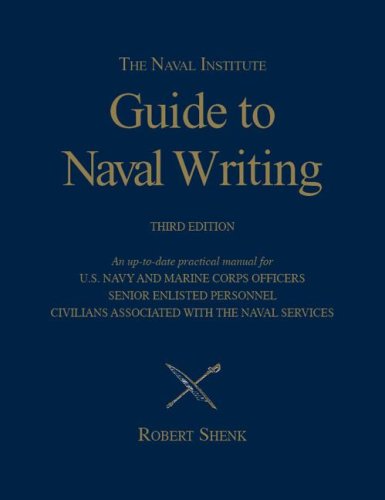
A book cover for The Naval Institute Guide to Naval Writing, 3rd Edition (Blue and Gold); Robert Shenk; History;